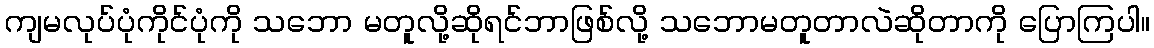
ကျမလုပ်ပုံကိုင်ပုံကို သဘော မတူလို့ဆိုရင်ဘာဖြစ်လို့ သဘောမတူတာလဲဆိုတာကို ပြောကြပါ။